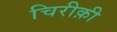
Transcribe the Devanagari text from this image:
चिरीक़ी